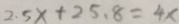
2 . 5 x + 2 5 . 8 = 4 x